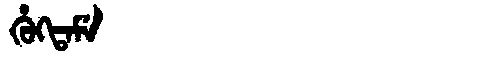
Manchu: ᡥᡠᡴᡨᠠᠮᡝ
Romanization: HUKTAME